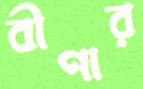
বীণার